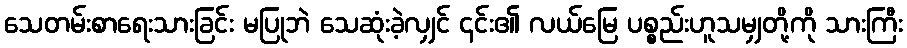
သေတမ်းစာရေးသားခြင်း မပြုဘဲ သေဆုံးခဲ့လျှင် ၎င်း၏ လယ်မြေ ပစ္စည်းဟူသမျှတို့ကို သားကြီး